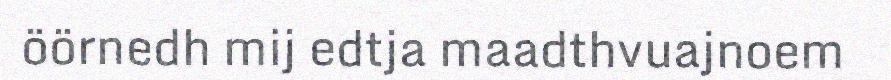
öörnedh mij edtja maadthvuajnoem